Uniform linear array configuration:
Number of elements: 48
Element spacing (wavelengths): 0.75
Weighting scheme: cosine
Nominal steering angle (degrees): -30
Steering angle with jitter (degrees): -31.896
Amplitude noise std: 0.05
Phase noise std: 0.05

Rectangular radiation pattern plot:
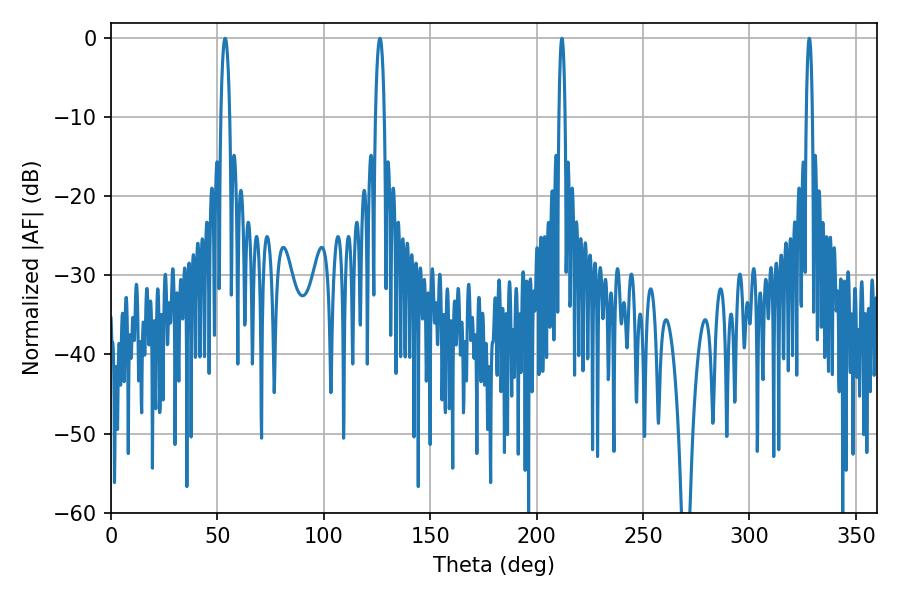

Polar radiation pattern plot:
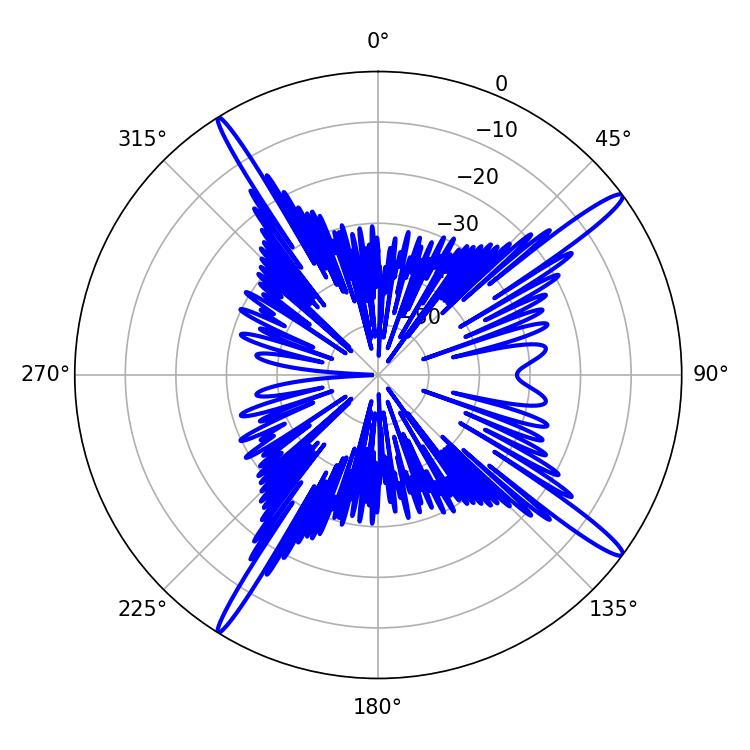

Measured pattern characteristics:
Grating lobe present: TRUE
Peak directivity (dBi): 16.829
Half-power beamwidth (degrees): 2.16
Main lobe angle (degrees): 53.64